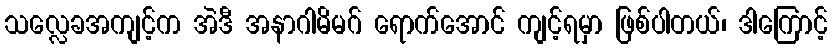
သလ္လေခအကျင့်က အဲဒီ အနာဂါမိမဂ် ရောက်အောင် ကျင့်ရမှာ ဖြစ်ပါတယ်၊ ဒါကြောင့်